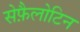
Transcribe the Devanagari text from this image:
सेफ़ैलोटिन